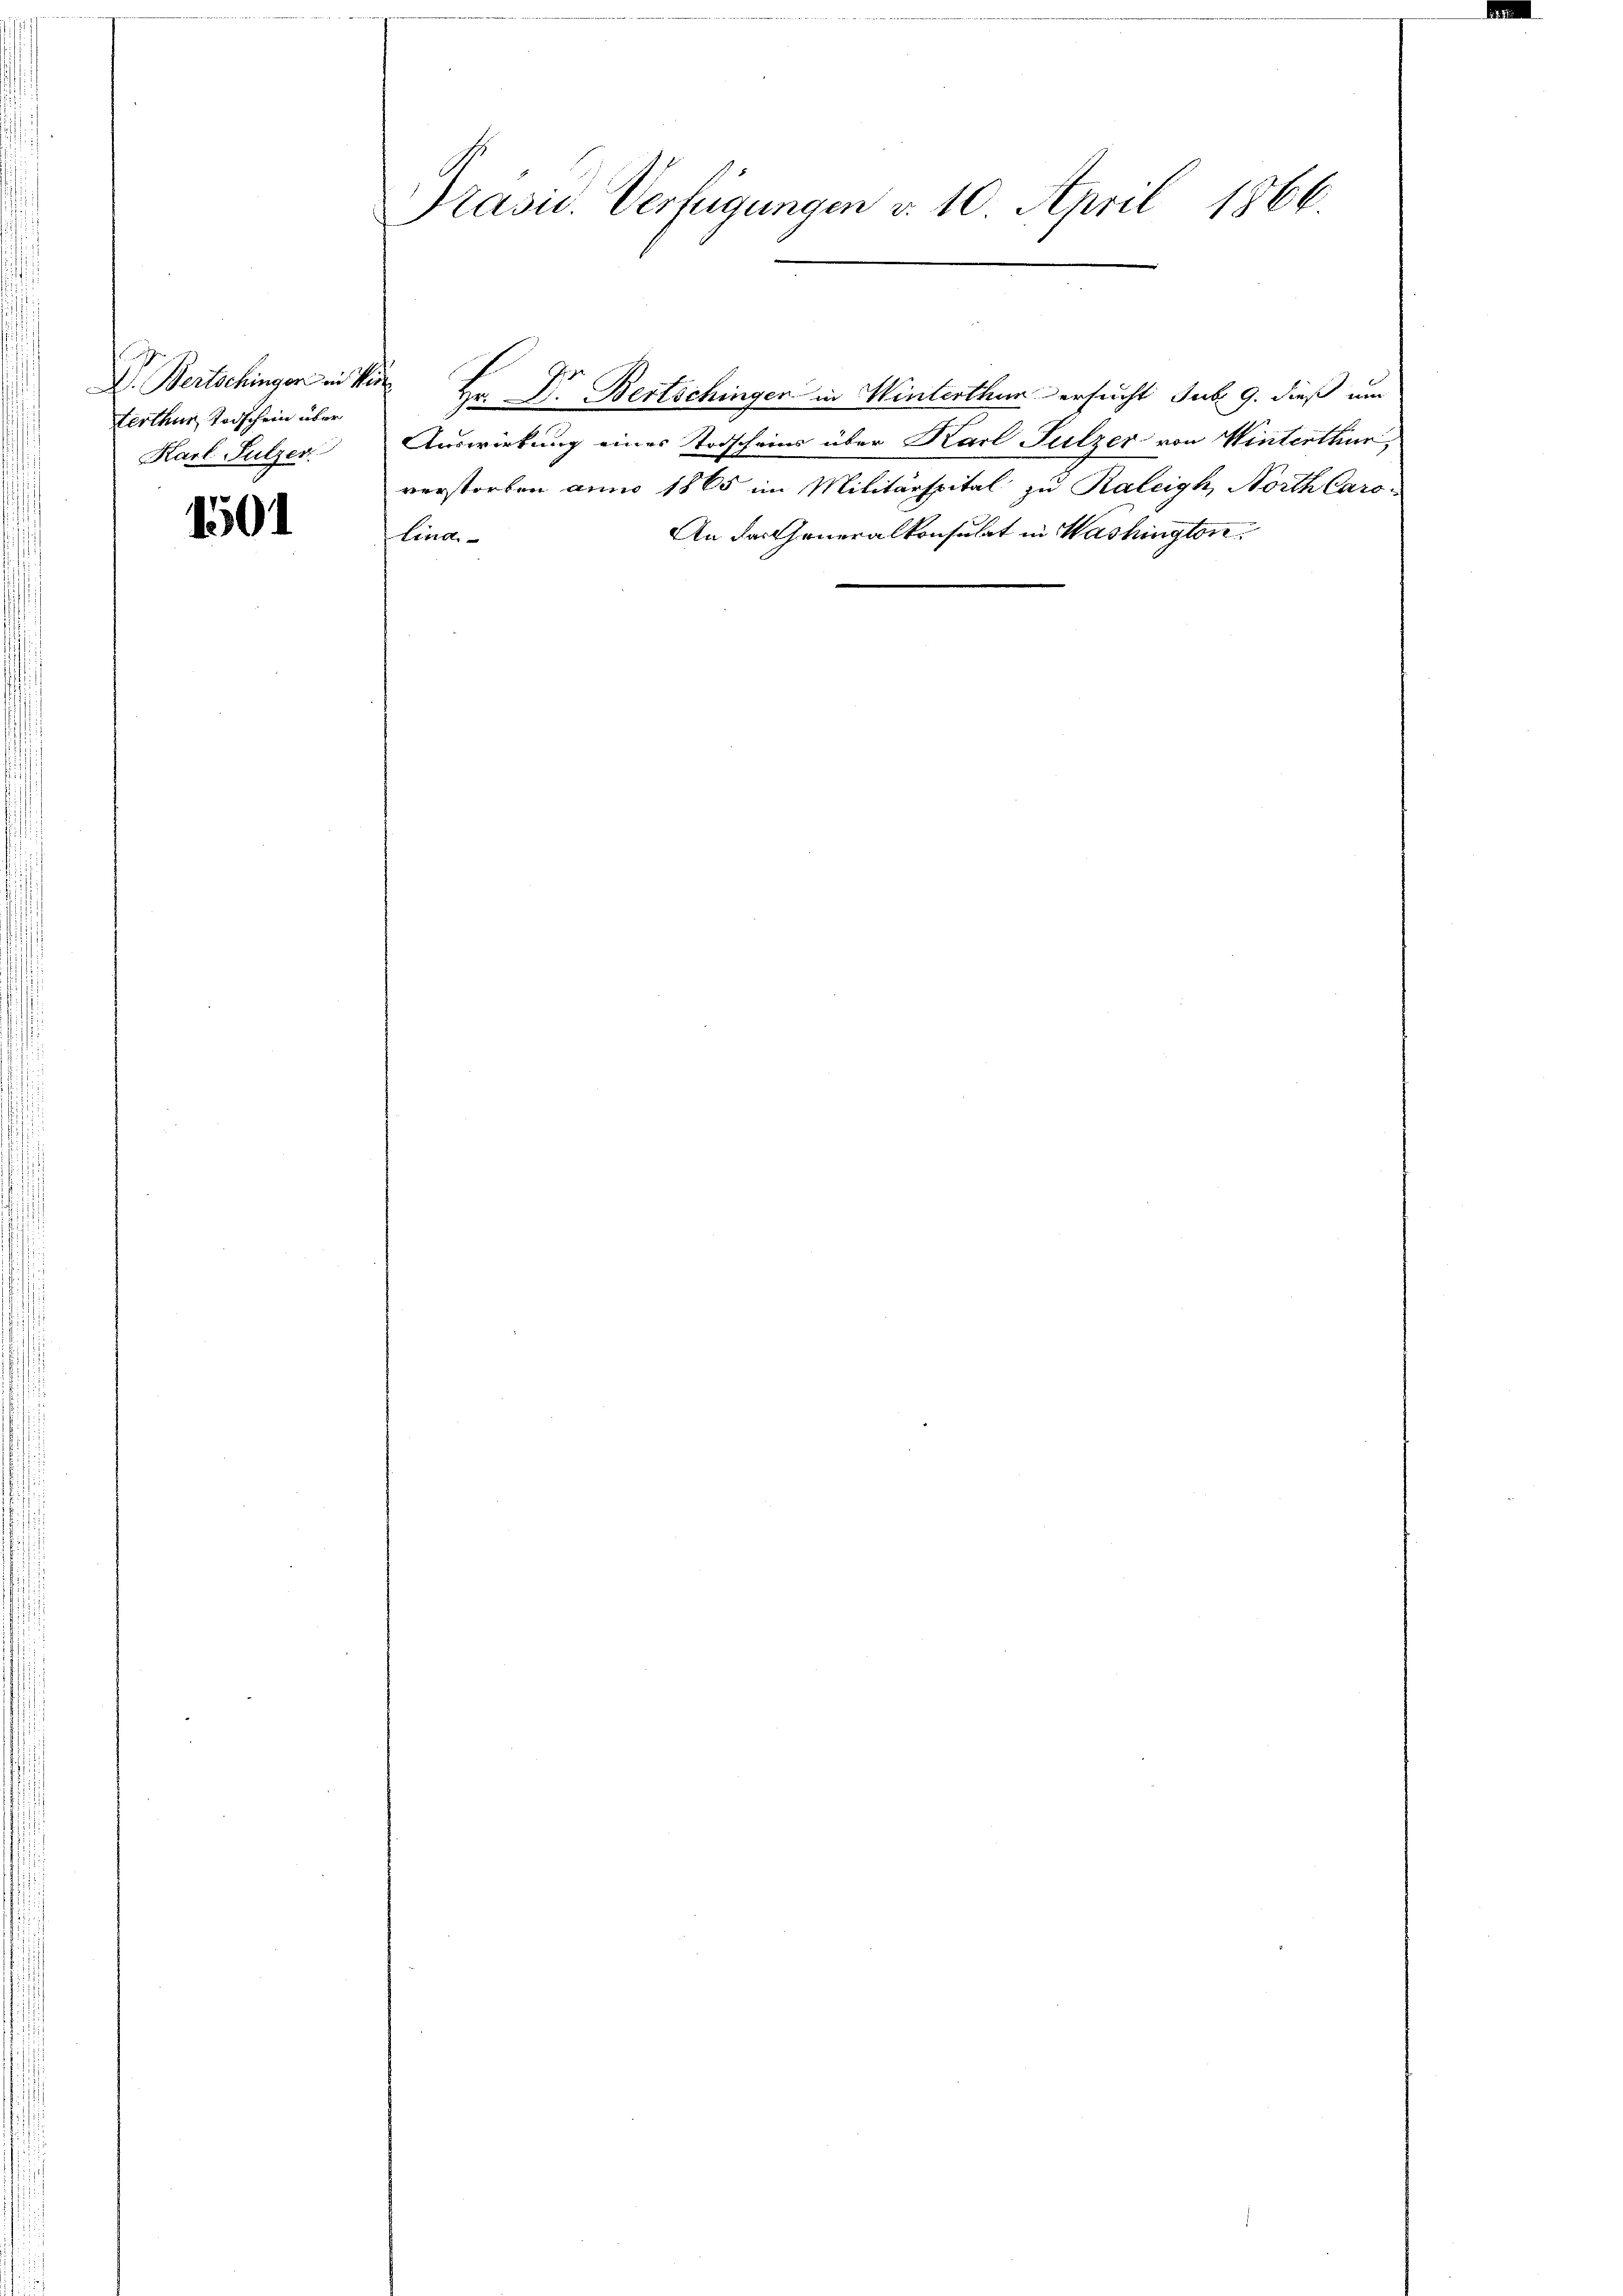
I. Bertschingen in Ver
terthur Todschein über
Karl Sulzer

1501

Präsid. Verfügungen v. 10. April 1866.

Hr. Dr. Bertschingen in Winterthur ersucht sub. 9. dieß um
Auswirkung eines Todscheins über Karl Sulzer von Winterthur,
verstorben anno 1865 im Militärspital zu Raleigh, North Caro-
An das Generalkonsulat in Washington.
Lina